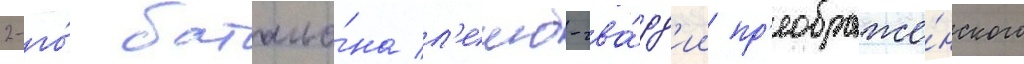
2-го́ батальо́на л'еиб-гва́рд'ии пр'еображе́нского